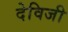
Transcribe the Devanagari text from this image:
देविजी